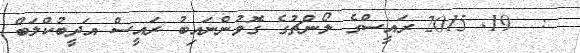
:  19